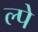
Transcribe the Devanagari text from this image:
ल्पे